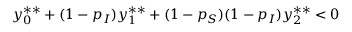
y _ { 0 } ^ { * * } + ( 1 - p _ { I } ) y _ { 1 } ^ { * * } + ( 1 - p _ { S } ) ( 1 - p _ { I } ) y _ { 2 } ^ { * * } < 0